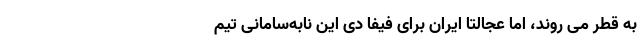
به قطر می روند، اما عجالتا ایران برای فیفا دی این نابه‌سامانی تیم